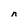
Character: n